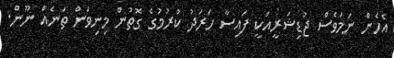
އެހެން ނަމަވެސް ޖުޑިޝަރީއަކީ ފައިސާ ހަރަދު ކުރުމުގެ ގޮތުން މިނިވަން ތަނެއް ނޫން.